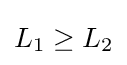
L_{\text{1}}\geq L_{\text{2}}